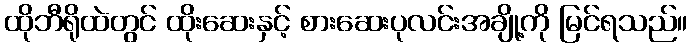
ထိုဘီရိုထဲတွင် ထိုးဆေးနှင့် စားဆေးပုလင်းအချို့ကို မြင်ရသည်။